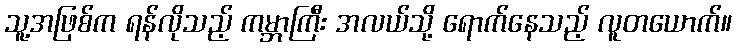
သူ့အဖြစ်က ရန်လိုသည့် ကမ္ဘာကြီး အလယ်သို့ ရောက်နေသည့် လူတယောက်။